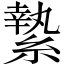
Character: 縶